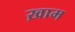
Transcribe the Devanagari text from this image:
ख़ाम